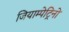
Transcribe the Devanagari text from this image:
जियाम्पेट्रिनो